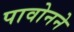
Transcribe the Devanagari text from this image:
पावोनने